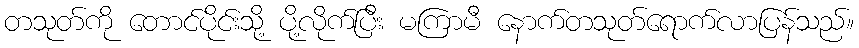
တသုတ်ကို တောင်ပိုင်းသို့ ပို့လိုက်ပြီး မကြာမီ နောက်တသုတ်ရောက်လာပြန်သည်။